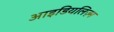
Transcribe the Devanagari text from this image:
आइडियलिज़्म